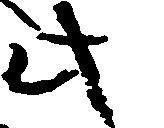
此